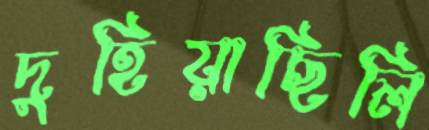
দুহিয়াছিলি